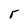
Character: r